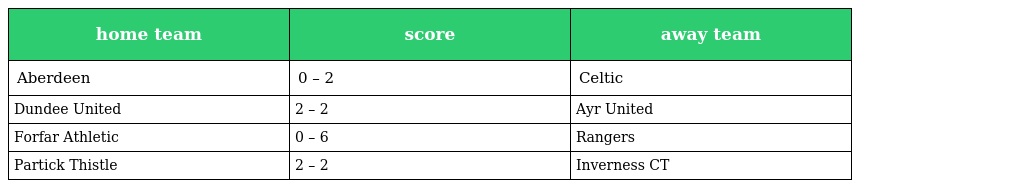
| home team | score | away team |
 | --- | --- | --- |
 | Aberdeen | 0 – 2 | Celtic |
 | Dundee United | 2 – 2 | Ayr United |
 | Forfar Athletic | 0 – 6 | Rangers |
 | Partick Thistle | 2 – 2 | Inverness CT |